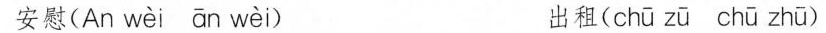
安慰(An wèi ān wèi ) 出租( chū zū chū zhū )